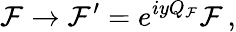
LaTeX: \mathcal{F}\rightarrow{\mathcal{F}}^{\prime}=e^{iyQ_{\mathcal{F}}}\mathcal{F}\, ,